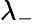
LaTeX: \lambda_{-}